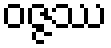
ဝဇ္ဇဿ